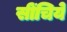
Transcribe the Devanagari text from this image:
सींचिये